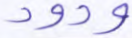
ودود